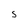
Character: S